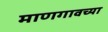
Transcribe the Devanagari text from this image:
माणगावच्या